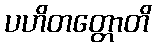
ပဟိတတ္တောတိ